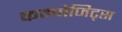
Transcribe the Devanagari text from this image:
कम्पोजिट्स